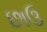
છાઉ